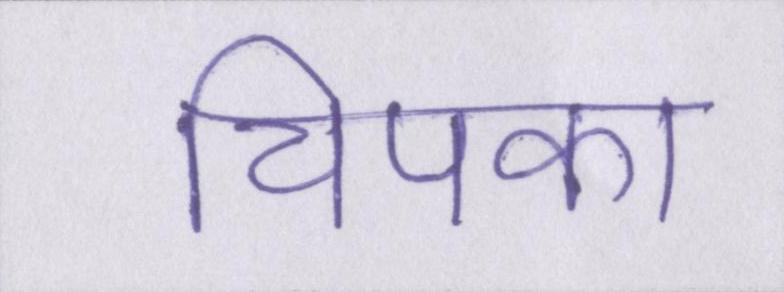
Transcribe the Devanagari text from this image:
चिपका